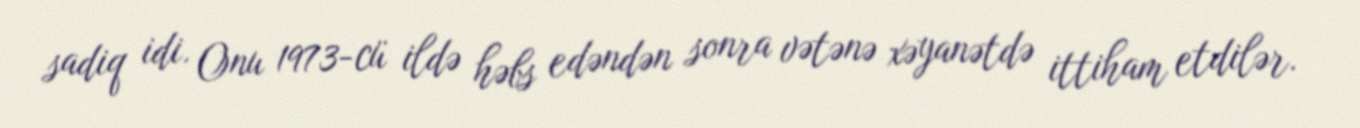
sadiq idi. Onu 1973-cü ildə həbs edəndən sonra vətənə xəyanətdə ittiham etdilər.